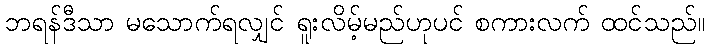
ဘရန်ဒီသာ မသောက်ရလျှင် ရူးလိမ့်မည်ဟုပင် စကားလက် ထင်သည်။